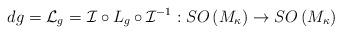
LaTeX: \begin{align*}dg=\mathcal{L}_{g}=_{}\mathcal{I}\circ L_{g}\circ \mathcal{I}^{-1}:SO\left( M_{\kappa }\right) \rightarrow SO\left( M_{\kappa }\right) \end{align*}